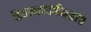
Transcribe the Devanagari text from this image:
कैवल्यपदवीम्॥७॥